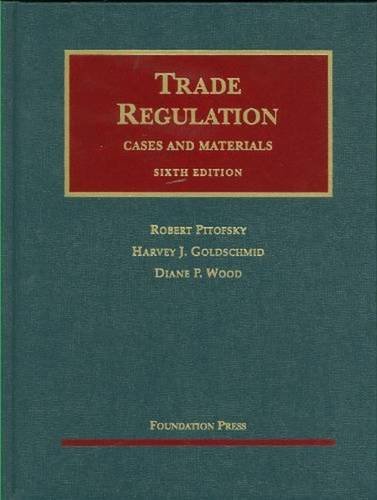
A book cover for Trade Regulation: Cases and Materials, 6th Edition (University Casebook Series); Robert Pitofsky; Law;